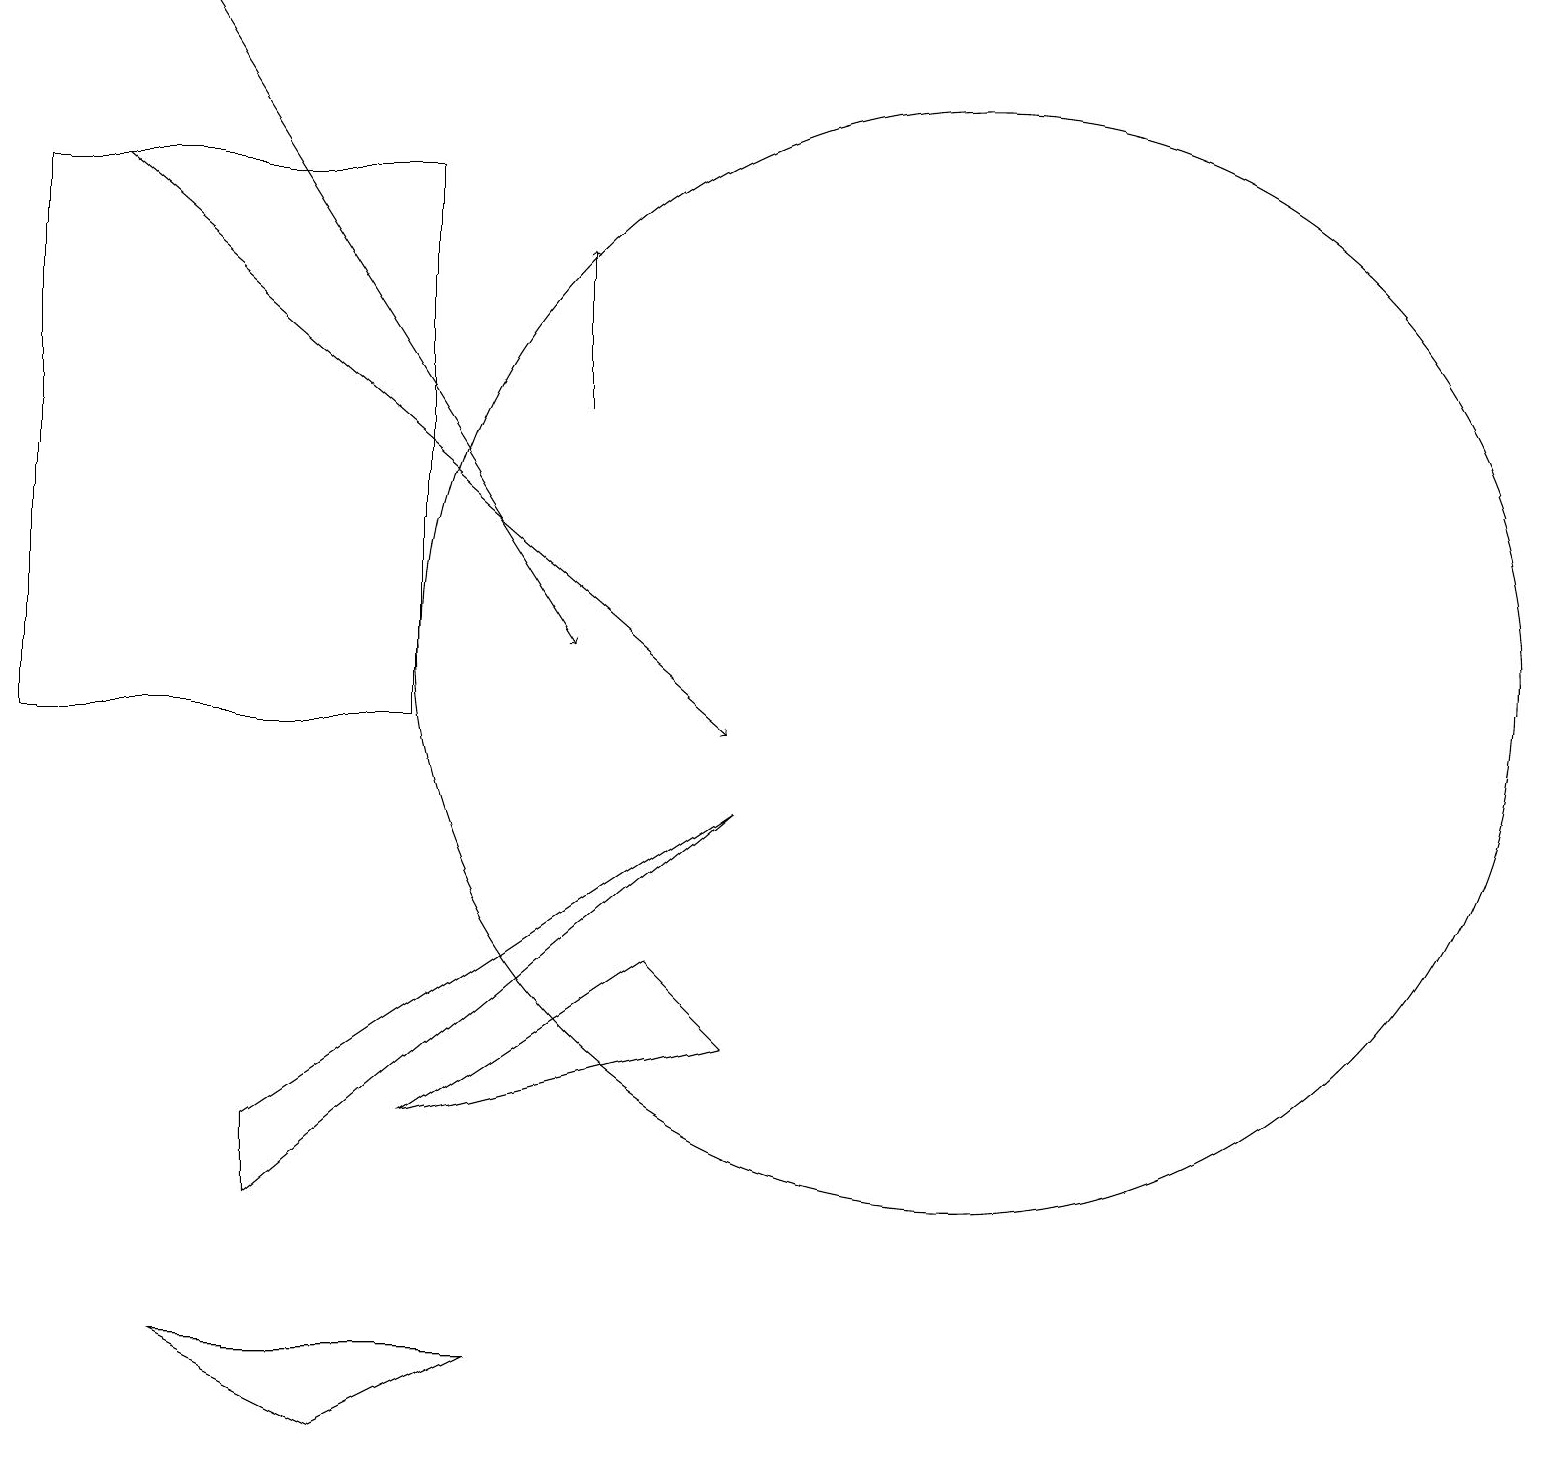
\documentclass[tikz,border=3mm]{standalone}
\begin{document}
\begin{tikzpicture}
\draw (2,2) -- (4,1) -- (6,2) -- cycle;
\draw (3,4) -- (3,5) -- (9,9) -- cycle;
\draw[->] (2,19) -- (7,11);
\draw[->] (7,14) -- (7,16);
\draw[->] (1,17) -- (9,10);
\draw (8,7) -- (9,6) -- (5,5) -- cycle;
\draw (12,11) circle (7);
\draw (5,17) rectangle (0,10);
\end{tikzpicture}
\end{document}